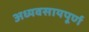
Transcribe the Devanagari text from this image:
अध्यवसायपूर्ण